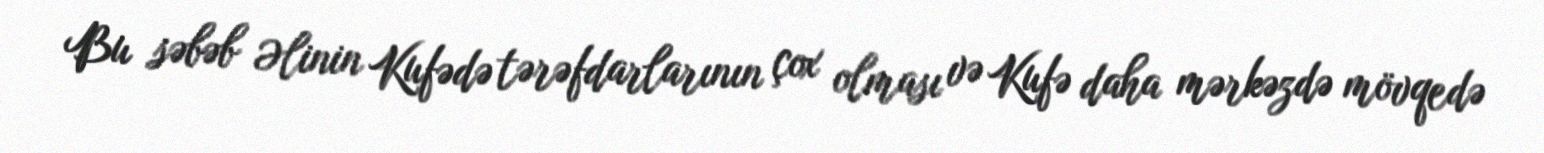
Bu səbəb Əlinin Kufədə tərəfdarlarının çox olması və Kufə daha mərkəzdə mövqedə